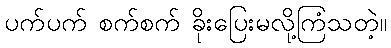
ပက်ပက် စက်စက် ခိုးပြေးမလို့ကြံသတဲ့။